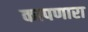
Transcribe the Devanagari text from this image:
कापणारा